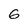
Character: 6